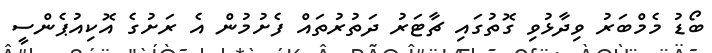
ބޯޑު މެމްބަރު ވިދާޅުވި ގޮތުގައި ޗާޓަރު ދަތުރުތައް ފެށުމުން އެ ރަށުގެ އޮކިއުޕެންސީ